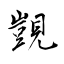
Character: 覬